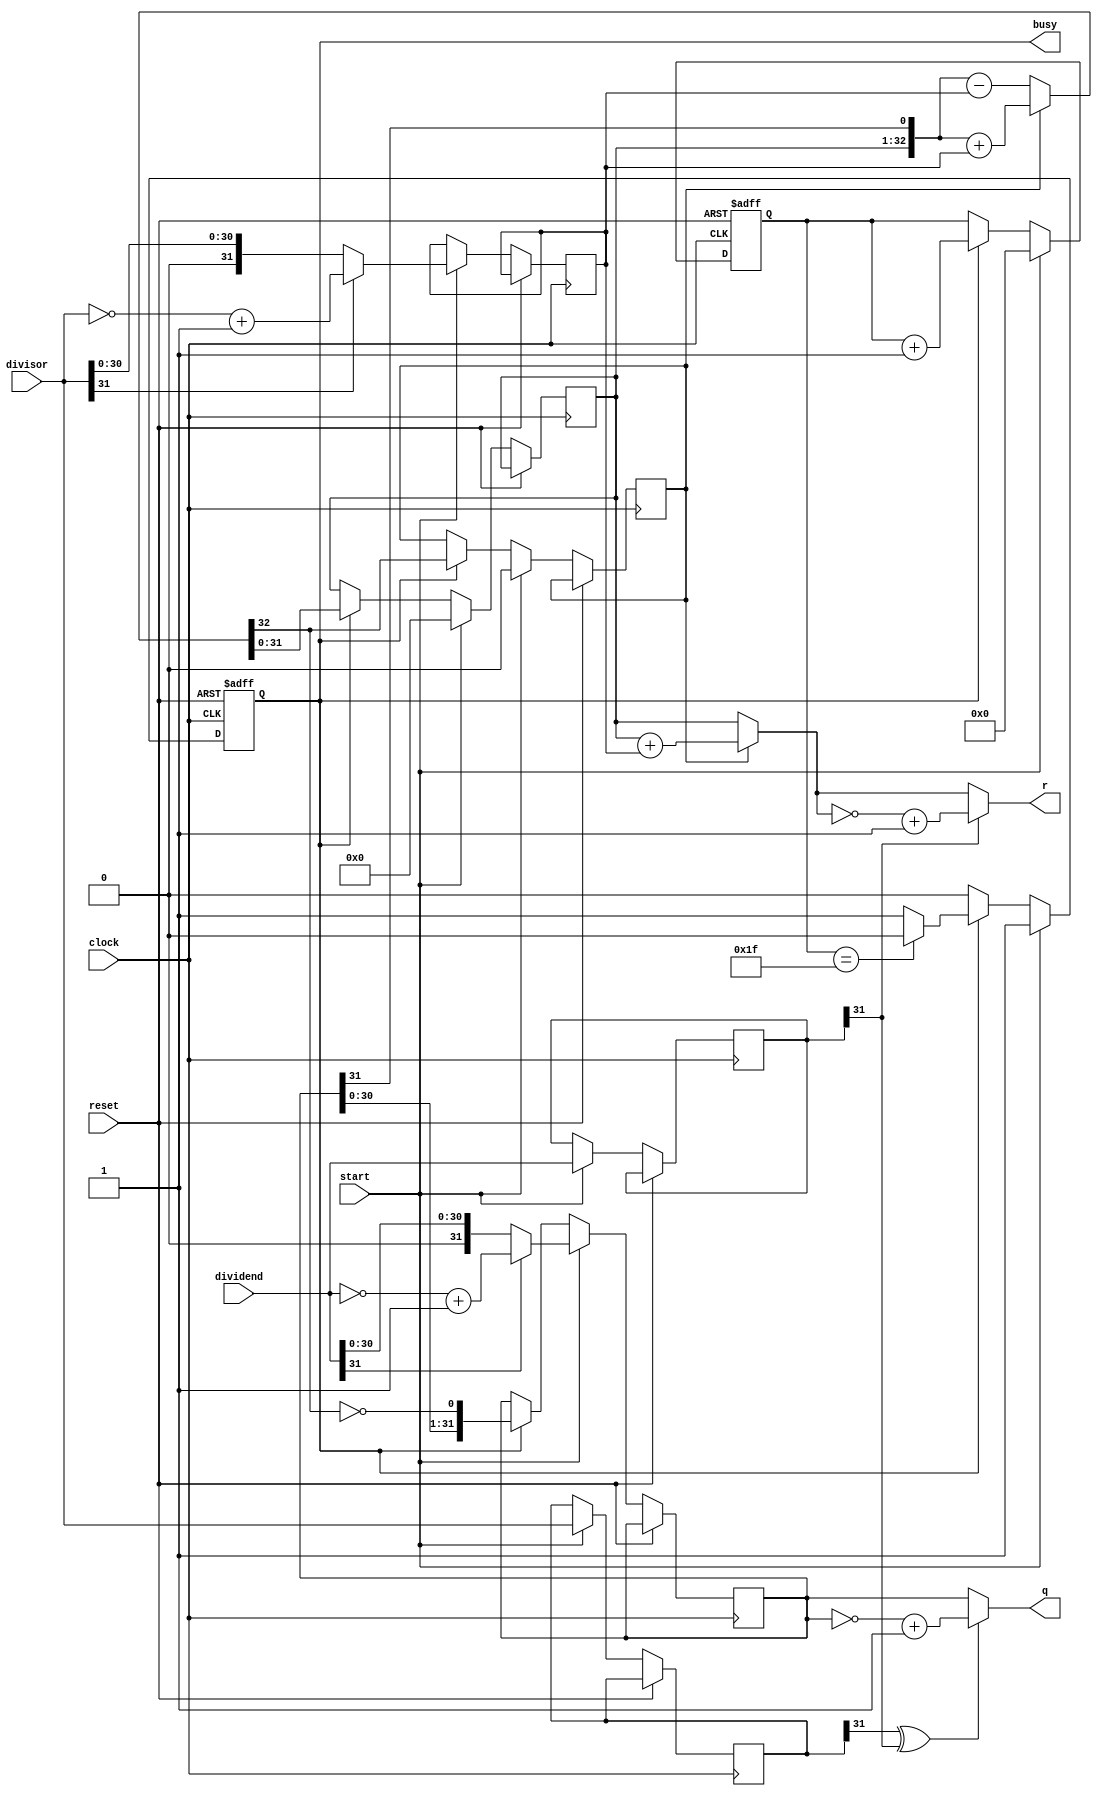
`timescale 1ns / 1ps
//////////////////////////////////////////////////////////////////////////////////
// Company: 
// Engineer: 
// 
// Design Name: 
// Module Name: DIV
// Project Name: 
// Target Devices: 
// Tool Versions: 
// Description: 
// 
// Dependencies: 
// 
// Revision:
// Revision 0.01 - File Created
// Additional Comments:
// 
//////////////////////////////////////////////////////////////////////////////////


module DIV(
    input [31:0] dividend,
    input [31:0] divisor,
    input start,
    input clock,
    input reset,
    output [31:0] q,
    output [31:0] r,
    output reg busy
    );
    wire ready;
    reg [5:0] count;
    reg [31:0] reg_q;
    reg [31:0] reg_r;
    reg [31:0] reg_b;
    wire [31:0] reg_r2;
    reg [31:0]mdividend,mdivisor;
    reg busy2,r_sign,sign;
    assign ready=~busy&busy2;
    wire [32:0] sub_add=r_sign?({reg_r,reg_q[31]}+{1'b0,reg_b}):
                                ({reg_r,reg_q[31]}-{1'b0,reg_b});
    assign reg_r2=r_sign?reg_r+reg_b:reg_r;
    assign r=mdividend[31]?(~reg_r2+1):reg_r2;
    assign q=(mdivisor[31]^mdividend[31])?(~reg_q+1):reg_q;
    
    always @(negedge clock or posedge reset)begin
    if(reset)begin
        count<=0;
        busy<=0;
        busy2<=0;
    end
    else begin
        busy2<=busy;
        if(start)begin
            reg_r<=32'b0;
            r_sign<=0;
            mdividend<=dividend;
            mdivisor<=divisor;
            if(dividend[31]==1) begin
                reg_q<=~dividend+1;
            end
            else reg_q<=dividend;
            if(divisor[31]==1)begin
                reg_b<=~divisor+1;
            end
            else reg_b<=divisor;
            count<=0;
            busy<=1;
        end
        else if(busy)begin
            reg_r<=sub_add[31:0];
            r_sign<=sub_add[32];
            reg_q<={reg_q[30:0],~sub_add[32]};
            count<=count+1;
            if(count==31)busy<=0;
        end
    end
    end    
endmodule